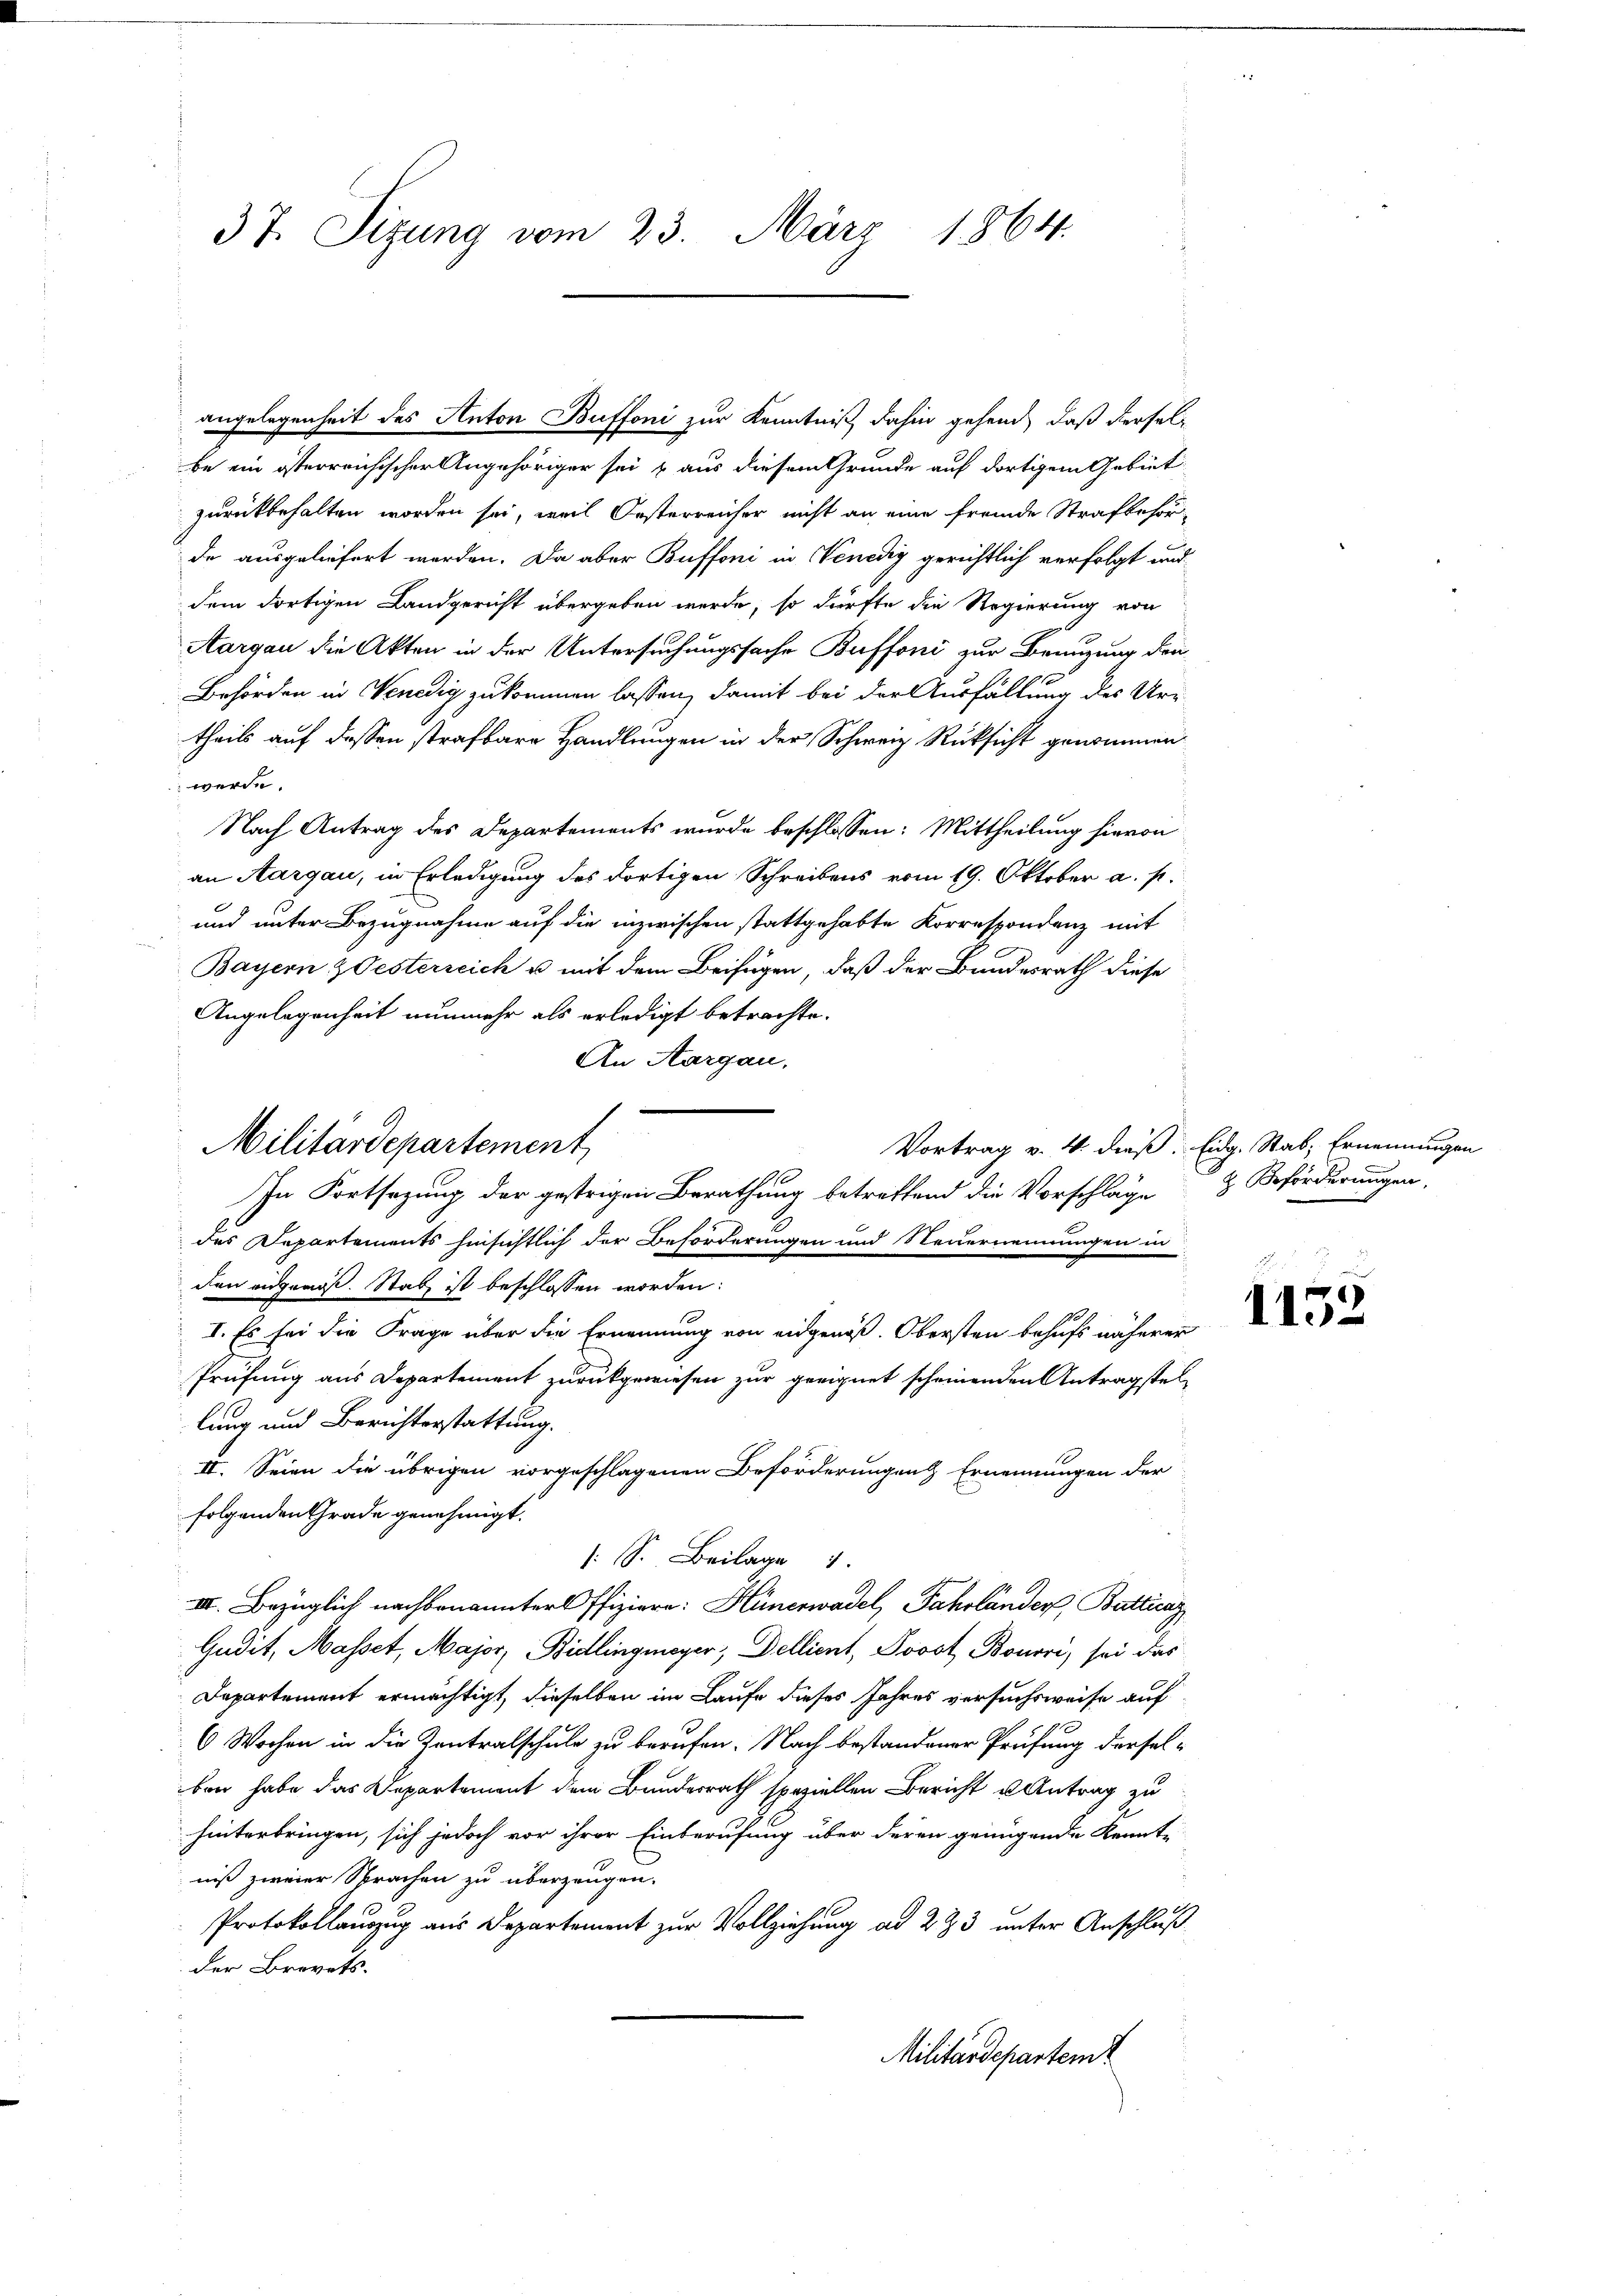
37. Sizung vom 23. März 1864.

Militärdepartement

angelegenheit des Anton Buffoni zur Kenntniß dahin gehend, daß derselbe ein österreichischer Angehöriger sei & aus diesem Grunde auf dortigem Gebiet
zurückbehalten worden sei, weil Oesterreicher nicht an eine fremde Strafbehör-
de ausgeliefert werden. Da aber Buffoni in Venedig gerichtlich verfolgt und
dem dortigen Landgericht übergeben werde, so dürfte die Regierung von
Aargau die Akten in der Untersuchungssache Buffoni zur Brauzung den
Behörden in Venedig zukommen lassen, damit bei der Ausfällung des Ur-
theils auf dessen strafbare Handlungen in der Schweiz Rücksicht genommen
werde.
Nach Antrag des Departements wurde beschlossen: Mittheilung hievon
an Aargau, in Erledigung des dortigen Schreibens vom 19. Oktober a. p.
und unter Bezugnahme auf die inzwischen stattgehabte Korrespondenz mit
Bayern & Oesterreich u mit dem Beifügen, daß der Bundesrath diese
Angelegenheit nunmehr als erledigt betrachte.
An Aargau.
In Fortsezung der gestrigen Berathung betreffend die Vorschläge & Beförderungen,
des Departements hinsichtlich der Beforderungen und Neuernennungen in
den eidgenöß. Stab ist beschlossen worden:
I. Es sei die Frage über die Ernennung von eidgenöß. Obersten behufs näherer
Prüfung aus Departement zurückgewiesen zur geeignet scheinenden Antragstellung und Berichterstattung.
II. Seien die übrigen vorgeschlagenen Beförderungen Ernennungen der
folgenden Grade genehmigt.
: S. Beilage 1
III. Bezüglich nachbenannter Offiziere: Hünerwadel, Fahrländer, Butticaz
Gudit, Masset, Major, Bidlingmayer, Dellient, Pooot, Bonori, sei das
Departement ermächtigt, dieselben im Laufe dieses Jahres versuchsweise auf
6 Wochen in die Zentralschule zu berufen. Nach bestandener Prüfung derselben habe das Departement dem Bundesrath speziellen Bericht u Antrag zu
hinterbringen, sich jedoch vor ihrer Einberufung über deren genügende Kennte
niß zweier Sprachen zu überzeugen.
.
Protokollauszug aus Departement zur Vollziehung ad 223 unter Anschluß
der Brevets.
Militärdepartemt

Vortrag v. 4. dieß. Eidg. Stab; Ernennungen

1153